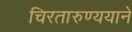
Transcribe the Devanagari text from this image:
चिरतारुण्ययाने